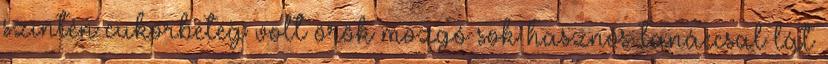
szintén cukorbeteg volt örök mozgó sok hasznos tanáccsal lát